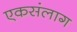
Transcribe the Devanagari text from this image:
एकसंलाग